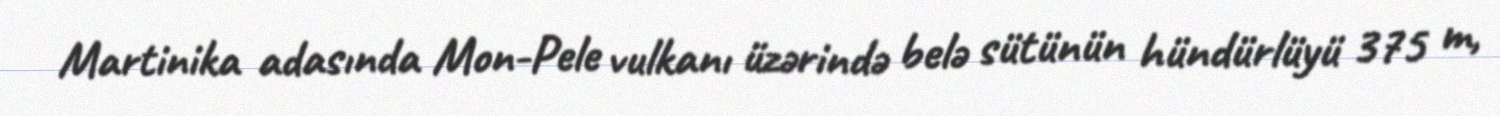
Martinika adasında Mon-Pele vulkanı üzərində belə sütünün hündürlüyü 375 m,